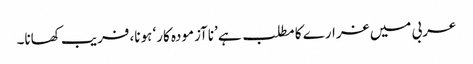
عربی میں غرارے کا مطلب ہے ’ناآزمودہ کار‘ ہونا، فریب کھانا۔